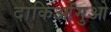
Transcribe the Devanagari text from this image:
दाकिओंगुओ